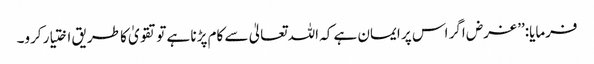
فرمایا:’’ غرض اگر اس پر ایمان ہے کہ اللہ تعالیٰ سے کام پڑنا ہے تو تقویٰ کا طریق اختیار کرو۔